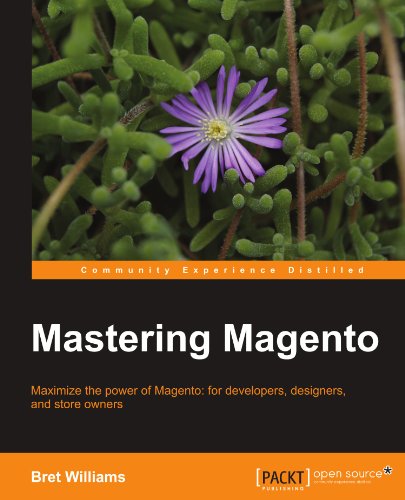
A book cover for Mastering Magento; Bret Williams; Computers & Technology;